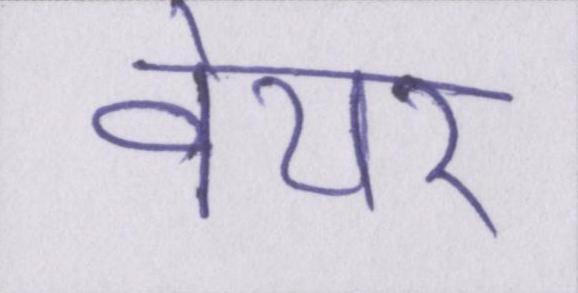
वेयर